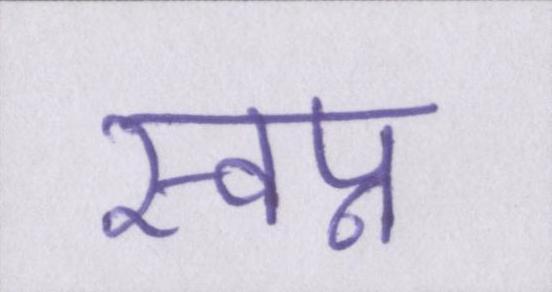
स्वप्न